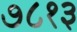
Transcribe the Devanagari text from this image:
७८१३